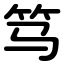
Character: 笃